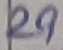
Text: 29